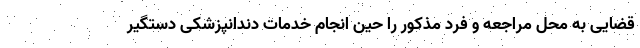
قضایی به محل مراجعه و فرد مذکور را حین انجام‌ خدمات دندانپزشکی دستگیر